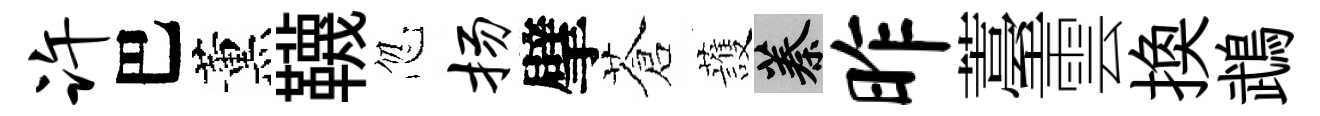
许巴薰韈忽扬擘蒼䕶蓁昨薹雲换鵡